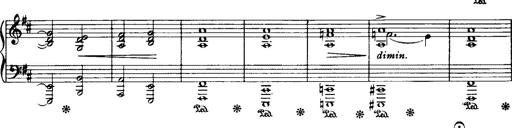
Title: Historische ungarische Bildnisse
Composer: Franz Liszt